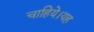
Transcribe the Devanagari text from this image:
चाहिये।यह